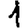
Digit: 1